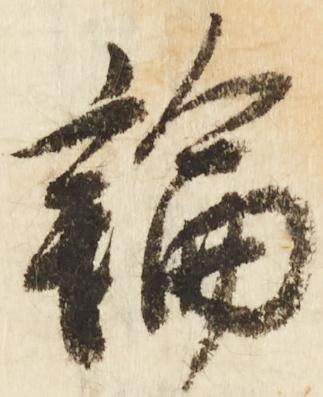
輪